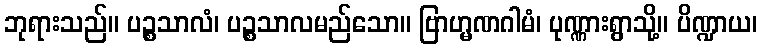
ဘုရားသည်။ ပဉ္စသာလံ၊ ပဉ္စသာလမည်သော။ ဗြာဟ္မဏဂါမံ၊ ပုဏ္ဏားရွာသို့။ ပိဏ္ဍာယ၊